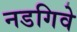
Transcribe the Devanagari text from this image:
नडगिवे